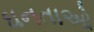
ઘનતાઓ